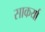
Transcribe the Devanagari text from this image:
साकर्या